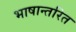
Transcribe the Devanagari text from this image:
भाषान्तरित